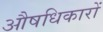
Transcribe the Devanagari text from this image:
औषधिकारों